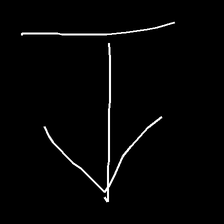
Glyph: levitation